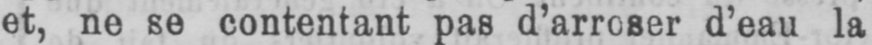
et, ne se contentant pas d’arroser d’eau la